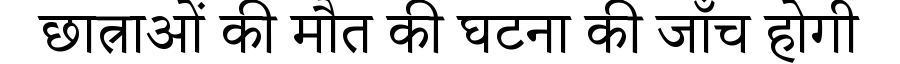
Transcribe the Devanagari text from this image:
छात्राओं की मौत की घटना की जाँच होगी